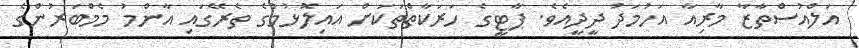
އަލްއުސްތާޒާ މާރިއާ އަހުމަދު ދީދީއެވެ. ޕާޓީގެ ހަރަކާތްތަކަށް އައިލޮޅުމުގެ ތެރޭގައި އާންމު މެމްބަރުންގެ